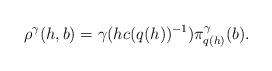
LaTeX: \begin{align*}\rho^\gamma(h,b)=\gamma(hc(q(h))^{-1})\pi^\gamma_{q(h)}(b).\end{align*}